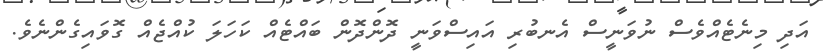
އަދި މިނެޓެއްވެސް ނުވަނީސް އެނބުރި އައިސްވަނީ ދޮންދޮން ބައްޓެއް ކަހަލަ ކުއްޖެއް ގޮވައިގެންނެވެ.